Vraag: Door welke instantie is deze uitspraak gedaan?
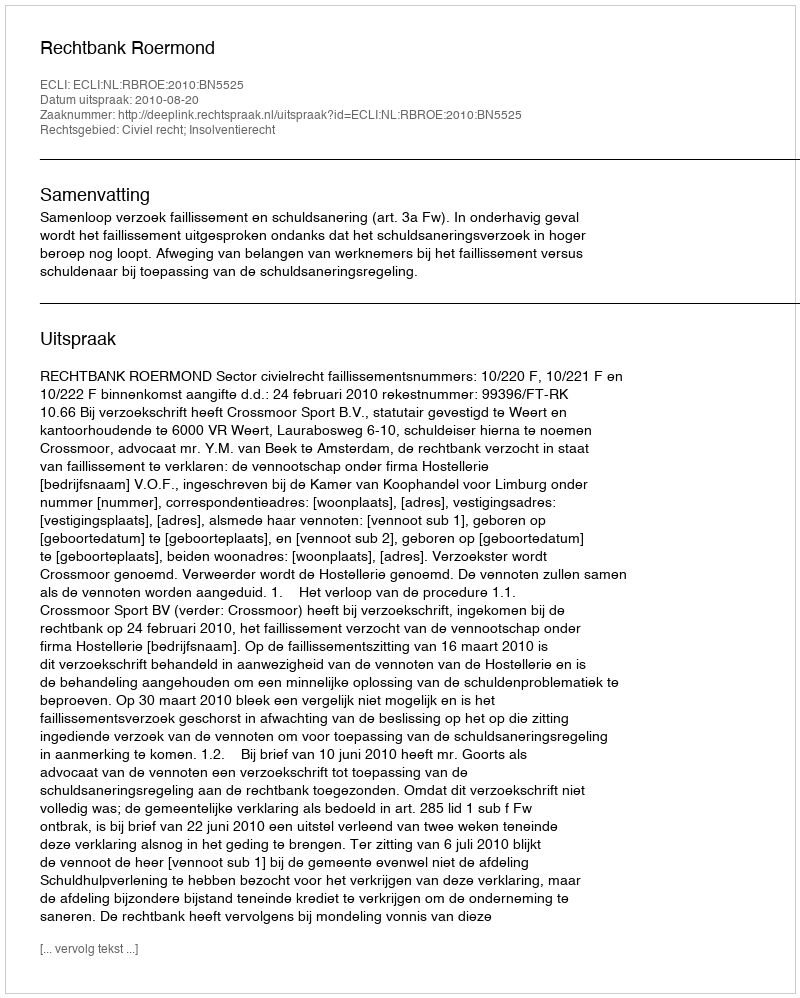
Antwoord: Rechtbank Roermond